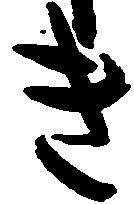
き